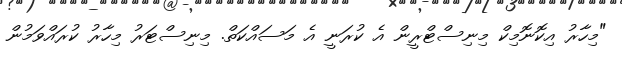
"މިހާރު އިކޮނޮމިކް މިނިސްޓްރީން އެ ކުރަނީ އެ މަސައްްކަތް. މިނިސްޓަރު މިހާރު ކުރައްވަމުން